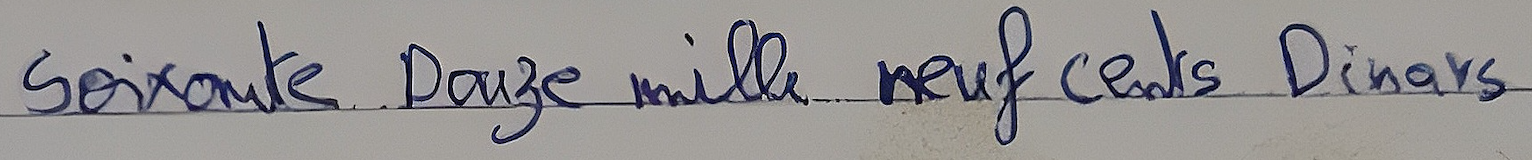
Soixante Douze mille neuf cents Dinars